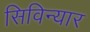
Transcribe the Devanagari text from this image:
सिविन्यार